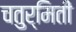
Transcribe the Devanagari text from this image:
चतुर्मिती